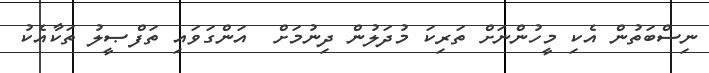
ނިސްބަތުން އެކި މީހުންނަށް ތަރިކަ މުދަލުން ދިނުމަށް  އަންގަވައި ތަފްޞީލު ތަކާއެކު